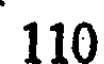
110